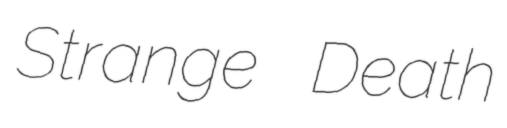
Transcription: Strange Death